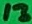
Text: 13